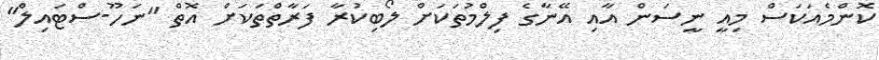
ކޮންމެއަކަސް މިއީ ނީސަން އާއި އޭނާގެ ފިލްމުތަކަށް ލޯބިކުރާ ފަރާތްތަކަށް އޮތް "ނަހޫ-ސްޓައިލް"